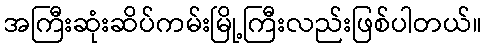
အကြီးဆုံးဆိပ်ကမ်းမြို့ကြီးလည်းဖြစ်ပါတယ်။